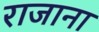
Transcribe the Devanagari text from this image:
राजाना